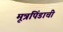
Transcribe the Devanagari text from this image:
मूत्रपिंडाची